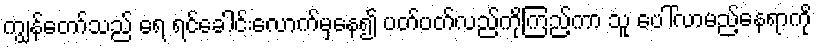
ကျွန်တော်သည် ရေ ရင်ခေါင်းလောက်မှနေ၍ ပတ်ပတ်လည်ကိုကြည့်ကာ သူ ပေါ်လာမည့်နေရာကို